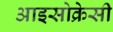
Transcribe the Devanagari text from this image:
आइसोक्रेसी